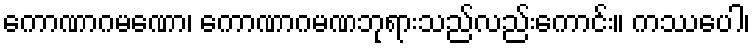
ကောဏာဂမဏော၊ ကောဏာဂမဏဘုရားသည်လည်းကောင်း။ ကဿပေါ၊